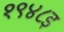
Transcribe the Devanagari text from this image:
१९४८इ